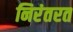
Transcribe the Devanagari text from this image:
निरंतरत